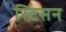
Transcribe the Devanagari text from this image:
स्टिंसन